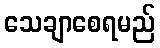
သေချာစေရမည်